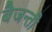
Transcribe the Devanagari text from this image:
बैजन्ती